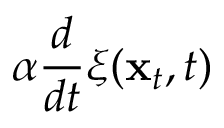
\alpha \frac { d } { d t } \boldsymbol { \xi } ( { \mathbf { x } } _ { t } , t )